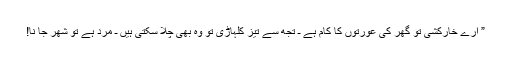
” ارے خارکشی تو گھر کی عورتوں کا کام ہے ـ تجھ سے تیز کلہاڑی تو وہ بھی چلا سکتی ہیں ـ مرد ہے تو شھر جا نا!